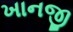
ખાનજી